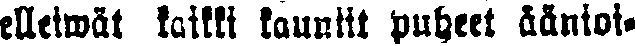
elleiwät kaikki kauniit puheet äänioi-